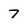
Character: 7